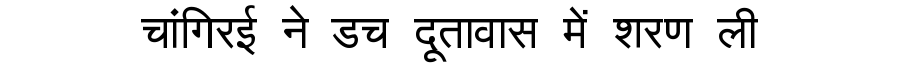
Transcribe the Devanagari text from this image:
चांगिरई ने डच दूतावास में शरण ली